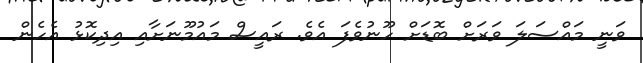
ވަނީ މައްސަލަ ވަރަށް ބޮޑަށް ހޫނުވެފަ އެވެ. ރައީސް މައުމޫނަށާއި އިދިކޮޅު އެހެން